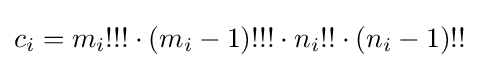
c_{i}=m_{i}!!!\cdot (m_{i}-1)!!!\cdot n_{i}!!\cdot (n_{i}-1)!!